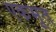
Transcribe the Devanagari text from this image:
एकभूत